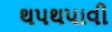
થપથપાવી